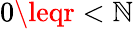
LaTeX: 0\leqr<\mathbb{N}